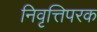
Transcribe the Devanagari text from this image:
निवृत्तिपरक